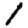
Digit: 1